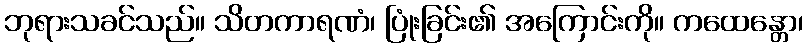
ဘုရားသခင်သည်။ သိတကာရဏံ၊ ပြုံးခြင်း၏ အကြောင်းကို။ ကထေန္တော၊